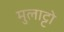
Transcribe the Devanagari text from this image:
मुलाट्टो